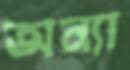
অন্যা